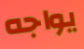
يواجه